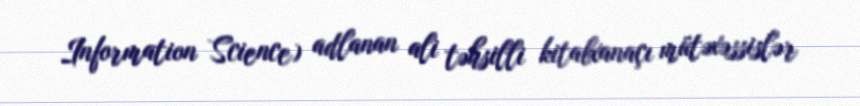
Information Science) adlanan ali təhsilli kitabxanaçı mütəxəssislər